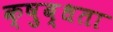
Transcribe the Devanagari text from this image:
क्षुब्धता